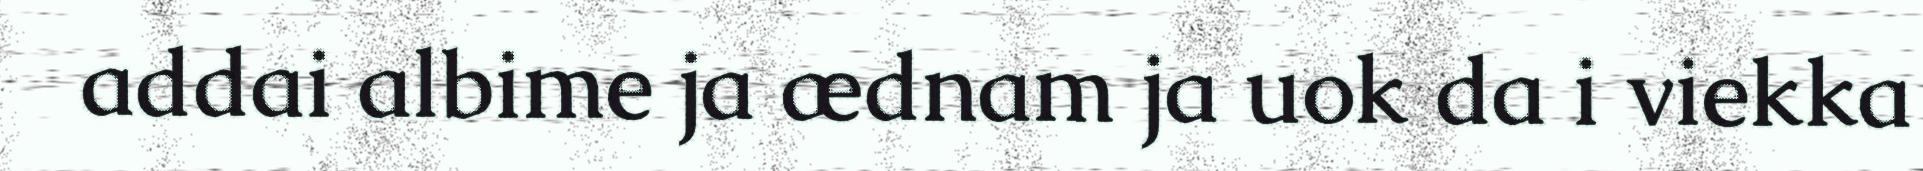
addai albime ja ædnam ja uok da i viekka